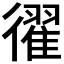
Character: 𢖈